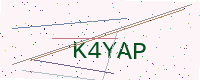
Text: K4YAP